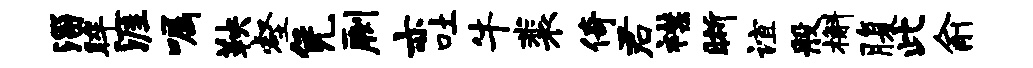
淄眸涯嘱鞅壑凭劂亦吐牛裴倚君襟晰谊般槲腹此俞